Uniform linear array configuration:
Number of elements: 8
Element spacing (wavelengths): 0.75
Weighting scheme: blackman
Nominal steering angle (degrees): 30
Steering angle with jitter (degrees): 28.658
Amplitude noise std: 0.05
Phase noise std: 0.05

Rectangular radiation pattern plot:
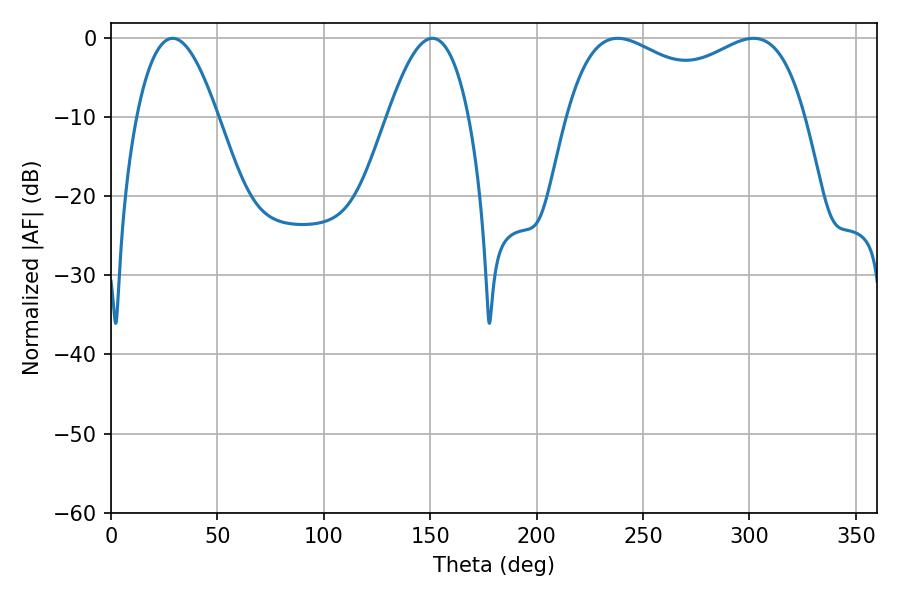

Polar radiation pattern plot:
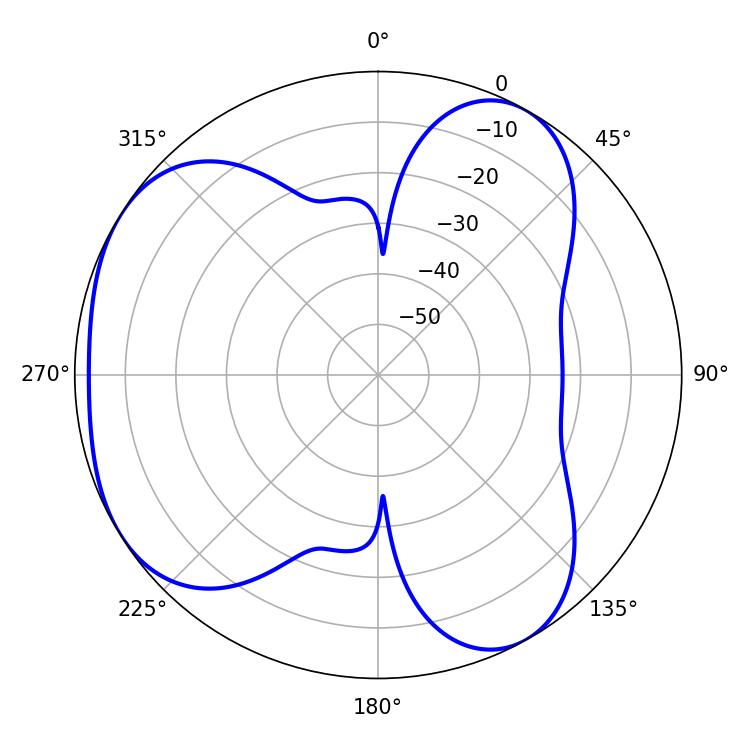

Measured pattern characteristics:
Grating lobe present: TRUE
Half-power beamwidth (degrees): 20.88
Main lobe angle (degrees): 28.98